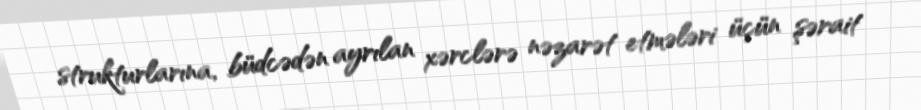
strukturlarına, büdcədən ayrılan xərclərə nəzarət etmələri üçün şərait